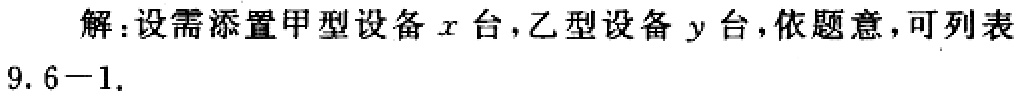
解：设需添置甲型设备\(x\)台，乙型设备\(y\)台，依题意，可列表

9. 6－1.